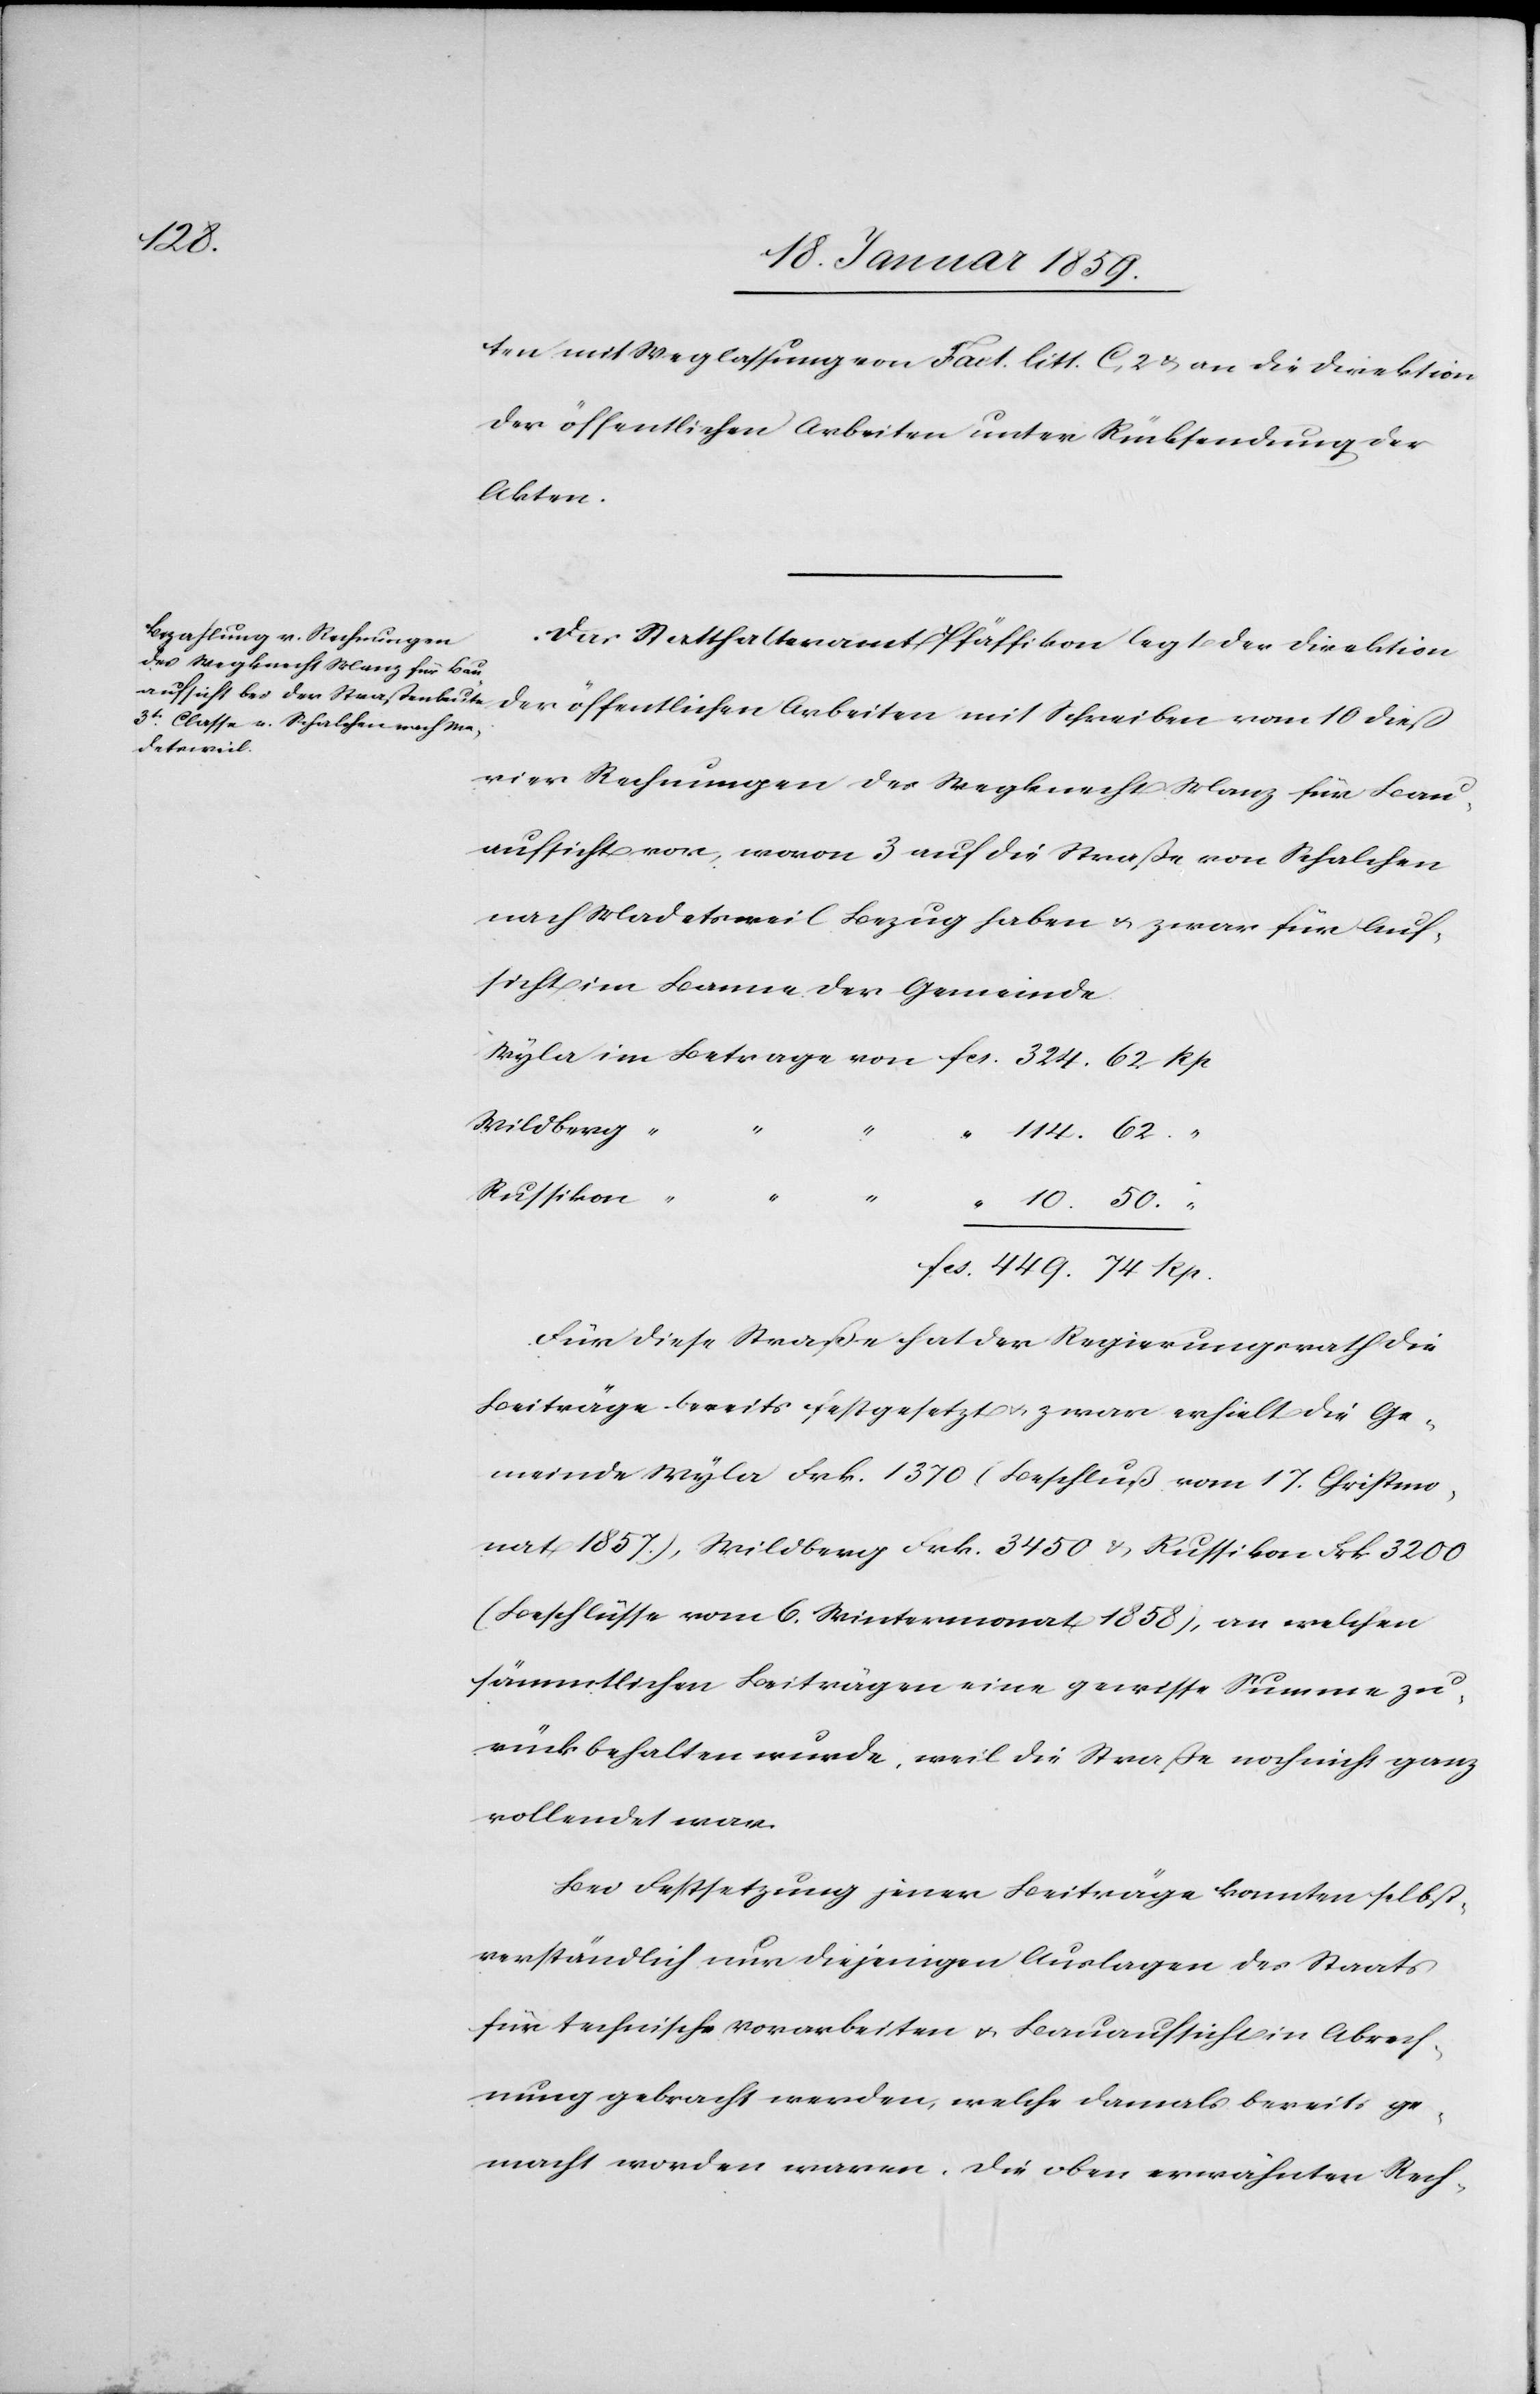
10.50

ten mit Weglassung von Fact. litt. C, 2 & an die Direktion
der öffentlichen Arbeiten unter Rücksendung der
Akten.
Das Statthalteramt Pfäffikon legt der Direktion
der öffentlichen Arbeiten mit Schreiben vom 10 dieß
vier Rechnungen des Wegknecht Manz für Bau¬
aufsicht vor, wovon 3 auf die Straße von Schalchen
nach Madetsweil Bezug haben u. zwar für Auf¬
sicht im Banne der Gemeinde.
Wildberg
Russikon
Für diese Straße hat der Regierungsrath die
Beiträge bereits festgesetzt u. zwar erhielt die Ge¬
meinde Wyla Frk. 1370 (Beschluß vom 17. Christmo¬
nat 1857.), Wildberg Frk. 3450 & Russikon Frk 3200
(Beschlüsse vom 6. Wintermonat 1858), an welchen
sämmtlichen Beiträgen eine gewisse Summe zu¬
rückbehalten wurde, weil die Straße noch nicht ganz
vollendet war.
Bei Festsetzung jener Beiträge konnten selbst¬
verständlich nur diejenigen Auslagen des Staats
für technische Vorarbeiten u. Bauaufsicht in Abrech¬
nung gebracht werden, welche damals bereits ge¬
macht worden waren. Die oben erwähnten Rech-